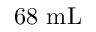
6 8 ~ \mathrm { m L }